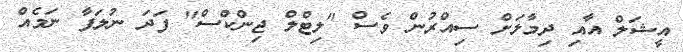
އީޝަލް އާއި ދިމާލަށް ސިއްރުން ވެސް "ލިޓްލް ޖިންކްސް" ފަދަ ނުލަފާ ނަމެއް